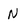
Character: N